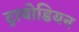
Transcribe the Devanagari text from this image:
ट्रायोडियन